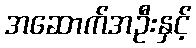
အဆောက်အဦးနှင့်